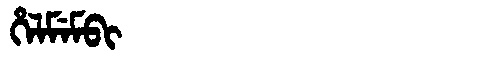
Manchu: ᡥᡝᠯᠮᡝᠮᠪᡳ
Romanization: HELMEMBI